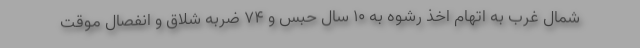
شمال غرب به اتهام اخذ رشوه به ۱۰ سال حبس و ۷۴ ضربه شلاق و انفصال موقت